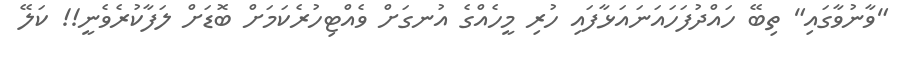
"ވާނުވާގައި" ތިބޭ ހައްދުފަހައަނައަޅާފައި ހުރި މީހެއްގެ އުނގަށް ވެއްޓިހުރެކަމަށް ބޮޑަށް ލަފާކުރެވެނީ!! ކަލޭ